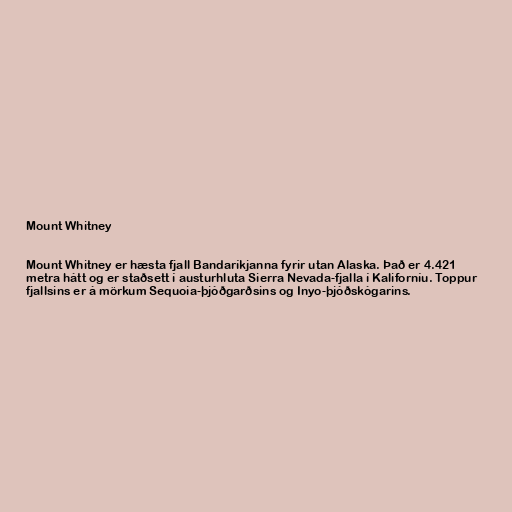
Mount Whitney

Mount Whitney er hæsta fjall Bandaríkjanna fyrir utan Alaska. Það er 4.421
metra hátt og er staðsett í austurhluta Sierra Nevada-fjalla í Kaliforníu. Toppur
fjallsins er á mörkum Sequoia-þjóðgarðsins og Inyo-þjóðskógarins.